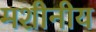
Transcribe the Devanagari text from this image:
मशीनीय